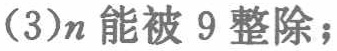
(3)\(n\)能被 \(9\)整除；